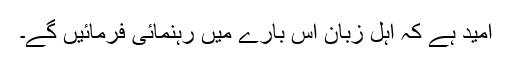
امید ہے کہ اہلِ زبان اس بارے میں رہنمائی فرمائیں گے۔